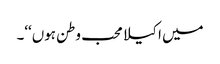
میں اکیلا محب وطن ہوں‘‘۔